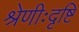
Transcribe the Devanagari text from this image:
श्रेणीःदृष्टि